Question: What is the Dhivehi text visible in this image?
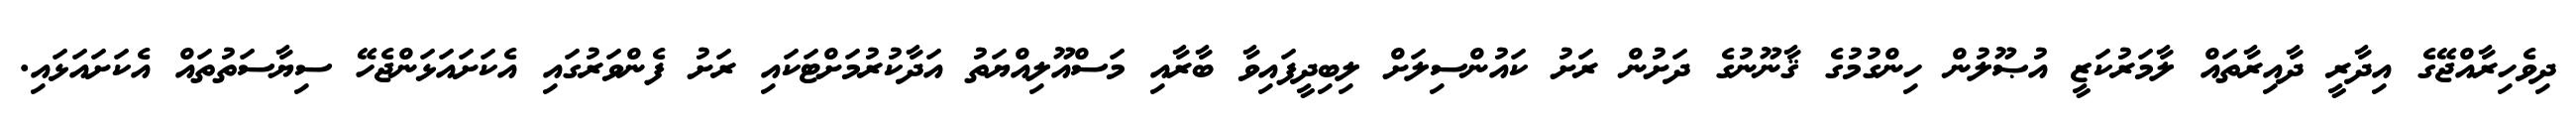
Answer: ދިވެހިރާއްޖޭގެ އިދާރީ ދާއިރާތައް ލާމަރުކަޒީ އުޞޫލުން ހިންގުމުގެ ޤާނޫނުގެ ދަށުން ރަށު ކައުންސިލަށް ލިބިދީފައިވާ ބާރާއި މަސްއޫލިއްޔަތު އަދާކުރުމަށްޓަކައި ރަށު ފެންވަރުގައި އެކަށައަޅަންޖެހޭ ސިޔާސަތުތައް އެކަށައަޅައި.